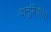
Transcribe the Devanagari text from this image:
दानुबियोचा